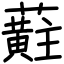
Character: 蘣